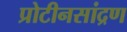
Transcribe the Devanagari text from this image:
प्रोटीनसांद्रण